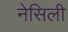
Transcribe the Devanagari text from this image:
नेसिली